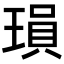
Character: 𬍽